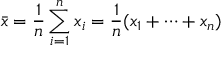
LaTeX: { \bar { x } } = { \frac { 1 } { n } } \sum _ { i = 1 } ^ { n } x _ { i } = { \frac { 1 } { n } } ( x _ { 1 } + \cdots + x _ { n } )